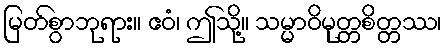
မြတ်စွာဘုရား။ ဧဝံ၊ ဤသို့။ သမ္မာဝိမုတ္တစိတ္တဿ၊